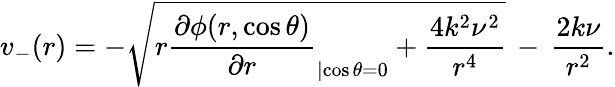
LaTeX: v_{-}(r)=-\sqrt{r\frac{\partial\phi(r,\cos\theta)}{\partial r}_{|{\cos\theta=0}}+\frac{4k^{2}\nu^{2}}{r^{4}}}\, -\, \frac{2k\nu}{r^{2}}.